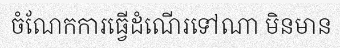
ចំណែកការធ្វើដំណើរទៅណា មិនមាន